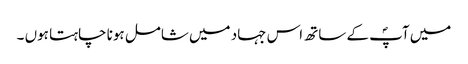
میں آپؐ کے ساتھ اس جہاد میں شامل ہونا چاہتا ہوں ۔